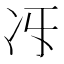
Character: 𠖱